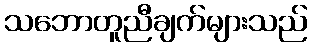
သဘောတူညီချက်များသည်